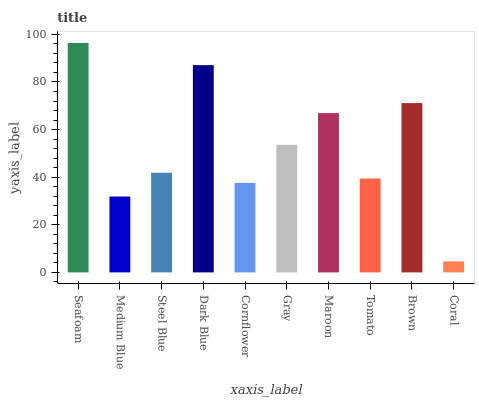
| xaxis_label | bars |
 | --- | --- |
 | Seafoam | 96.4 |
 | Medium Blue | 31.9 |
 | Steel Blue | 41.9 |
 | Dark Blue | 87.1 |
 | Cornflower | 37.6 |
 | Gray | 53.6 |
 | Maroon | 66.9 |
 | Tomato | 39.4 |
 | Brown | 71.1 |
 | Coral | 4.63 |